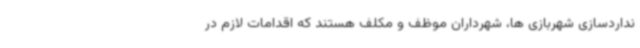
نداردسازی شهربازی ها، شهرداران موظف و مکلف هستند که اقدامات لازم در